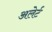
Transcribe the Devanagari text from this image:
अलेर्ट